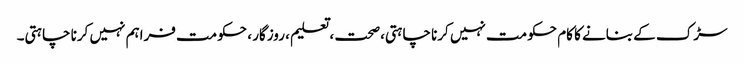
سڑک کے بنانے کا کام حکومت نہیں کرنا چاہتی،صحت ، تعلیم ، روزگار ، حکومت فراہم نہیں کرنا چاہتی۔